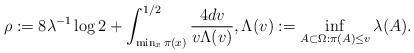
LaTeX: \begin{align*}\rho:=8\lambda^{-1}\log 2 + \int_{\min_x \pi(x)}^{1/2}\frac{4dv}{v \Lambda(v) }, \Lambda(v):=\inf_{A \subset \Omega :\pi(A) \le v}\lambda(A).\end{align*}